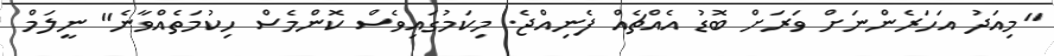
"މިއަދު އަހަރެންނަށް ވަރަށް ބޮޑު އެއްޗެއް ފެނިއްޖެ. މިކަމުގައިވެސް ކޮންމެސް ހިކުމަތެއްވާނެ" ނީލަމް